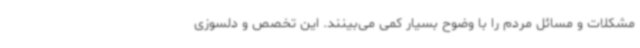
مشکلات و مسائل مردم را با وضوح بسیار کمی می‌بینند. این تخصص و دلسوزی